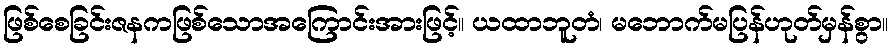
ဖြစ်စေခြင်းဇနကဖြစ်သောအကြောင်းအားဖြင့်။ ယထာဘူတံ၊ မဘောက်မပြန်ဟုတ်မှန်စွာ။